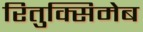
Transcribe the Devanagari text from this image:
रितुक्सिमेब